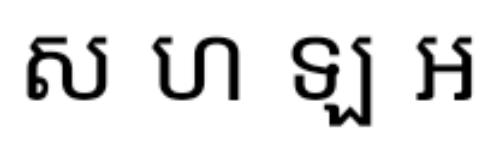
ស ហ ឡ អ